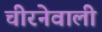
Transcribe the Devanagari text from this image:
चीरनेवाली